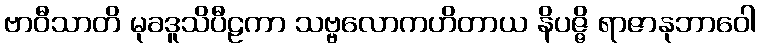
ဗာဝီသာတိ မုခဒူသိပီဠကာ သဗ္ဗလောကဟိတာယ နိပဇ္ဇိ ရာဇာနုဘာဝေါ